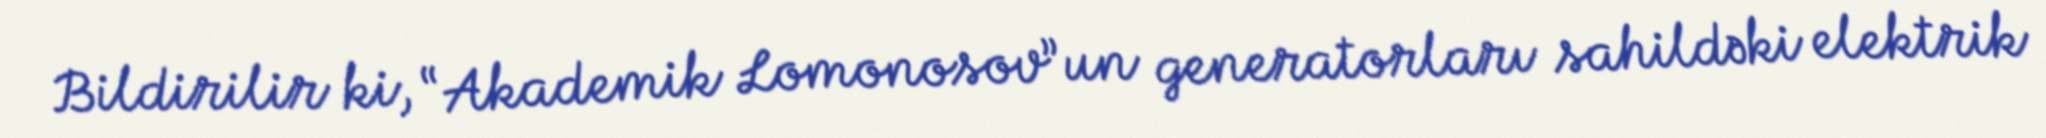
Bildirilir ki, “Akademik Lomonosov”un generatorları sahildəki elektrik